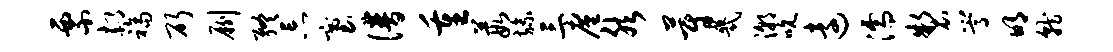
票郝福斫劂终忘塞谱重葭旒三廑然蔚几潮吮远濡制嵩明就